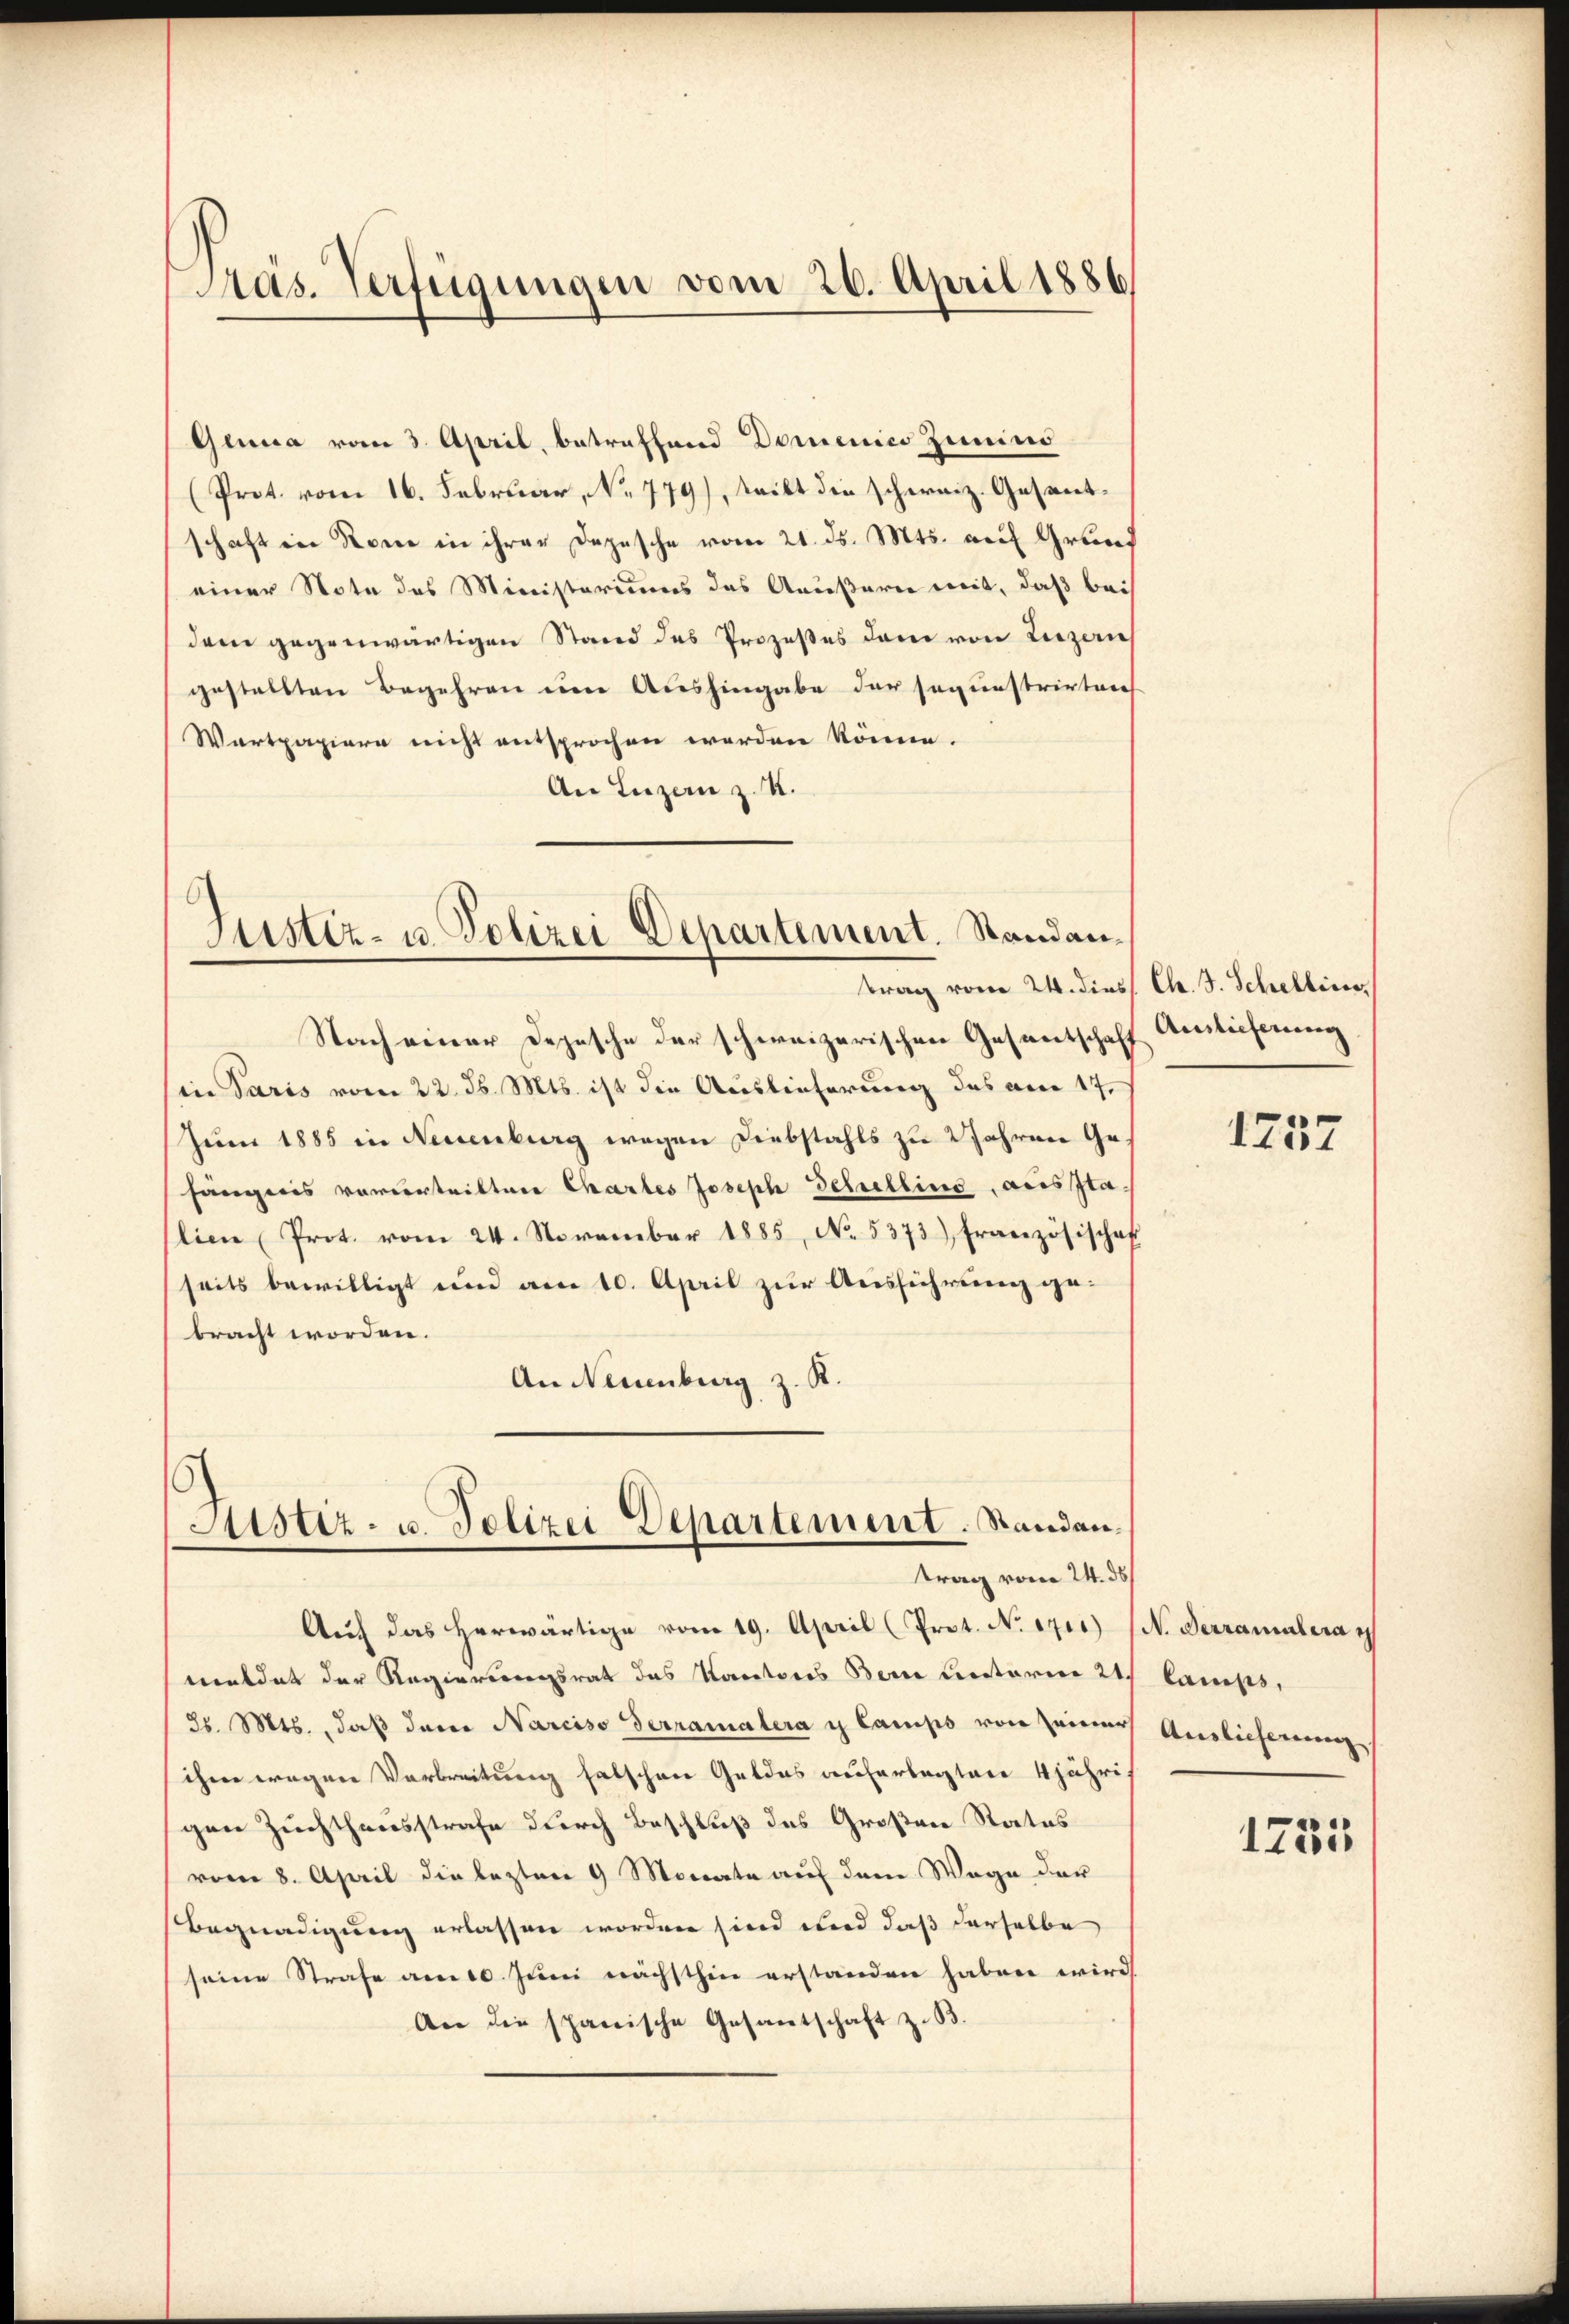
Präs. Verfügungen vom 26. April 1886

Genua vom 3. April, betreffend Domenico Zimin
(Prot. vom 16. Februar, No. 779), teilt die schweiz. Gesantschaft in Rone in ihrer Depesche vom 21. ds. Mts. auf Grund
einer Note des Ministeriums das Aeußern mit, daß bei
dem gegenwärtigen Stand des Prozeßes dem von Luzern
gestellten Begehren um Aushingabe der segunstrirten
Wartpapiere nicht entsprochen werden könne.
An Luzern z. K.

Justiz- u. Polizei Departement. Standantrag vom 24. diess. Ch. J. Schellins

Atistiz- u. Polizei Departement. Standen.
trag vom 24. ds

Auch das herwärtige vom 19. April (Prot. N. ozer) (N. Derramulara i
meldet der Regierungsrat das Kantores Bern unterer 21 kamps,
25. Mts., daß dere Narciso Terramalera i lamps von seiner Auslieferung
ihm wegen Verbreitung falschen Geldes auferlegten 4 jährigen Zuchthensstrafe durch Beschluß des Großen Status
vom 8. April die lezten 9 Monate auf dem Wege der
Begnadigung erlassen worden sind und daß derselbe
seine Strafe am 10. Juni nächsthin erstanden haben wird
An die spanische Gesantschaft z. B.

Nach einer Depesche der schweizerischen Gesantschaff Auslieferung
(in Paris vom 22. d. Mts. ist die Auslieferung des am 17.
Juni 1885 in Neuenburg wegen Diebstahls zu Jahren Gehängeres vorderteilten Chartes Joseph Schellino, aus Italien (Prot. vom 24. November 1885, No. 5373) Französischaf
seits bewilligt und am 10. April zur Ausführung gebracht worden.
An Neuenburg z. R.

1757

1755